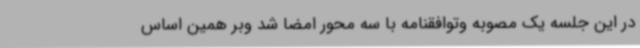
در این جلسه یک مصوبه وتوافقنامه با سه محور امضا شد وبر همین اساس